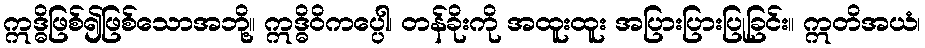
ဣဒ္ဓိဖြစ်၍ဖြစ်သောအဘို့။ ဣဒ္ဓိဝိကပ္ပေါ၊ တန်ခိုးကို အထူးထူး အပြားပြားပြုခြင်း။ ဣတိအယံ၊